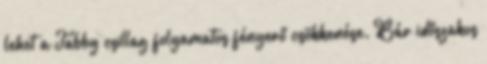
lehet a Tabby csillag folyamatos fényerő csökkenése. Bár időszakos